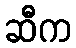
ဆီက